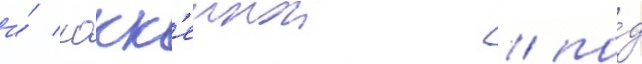
и́ хокк'еинои / по́д